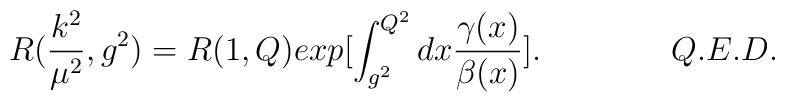
R(\frac{k^2}{\mu^2},g^2) = R(1,Q)exp \bigl[ \int^{Q^2}_{g^2}dx \frac{\gamma(x)}{\beta(x)} \bigr].\qquad \qquad Q.E.D.